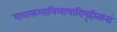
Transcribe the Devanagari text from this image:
यावत्फलाभिलाषादिगृहीतानां